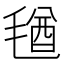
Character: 𣮩